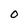
Character: 0